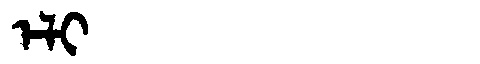
Manchu: ᡝᠯᡳ
Romanization: ELI